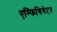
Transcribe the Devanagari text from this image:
एम्फिथियेटर